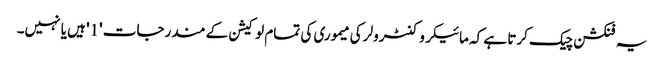
یہ فنکشن چیک کرتا ہے کہ مائیکروکنٹرولر کی میموری کی تمام لوکیشن کے مندرجات '1' ہیں یا نہیں۔